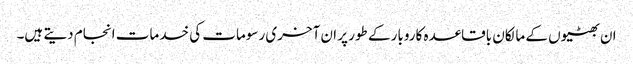
ان بھٹیوں کے مالکان باقاعدہ کاروبار کے طور پر ان آخری رسومات کی خدمات انجام دیتے ہیں۔